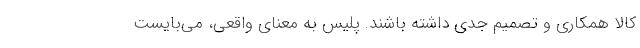
کالا همکاری و تصمیم جدی داشته باشند. پلیس به معنای واقعی، می‌بایست